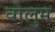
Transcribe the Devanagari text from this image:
वोलुम